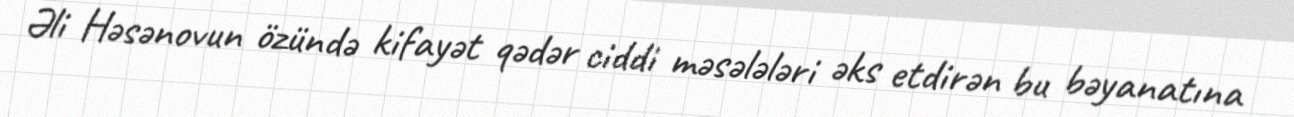
Əli Həsənovun özündə kifayət qədər ciddi məsələləri əks etdirən bu bəyanatına